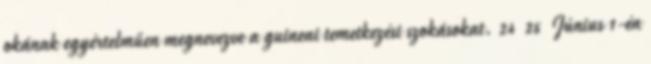
okának egyértelműen megnevezve a guineai temetkezési szokásokat. 24 25 Június 1-én